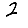
Digit: 2